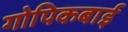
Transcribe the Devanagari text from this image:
गोपिकबाई